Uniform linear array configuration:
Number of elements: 8
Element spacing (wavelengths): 1
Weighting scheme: cosine
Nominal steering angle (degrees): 0
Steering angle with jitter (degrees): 1.134
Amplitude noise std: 0.05
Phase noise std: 0.05

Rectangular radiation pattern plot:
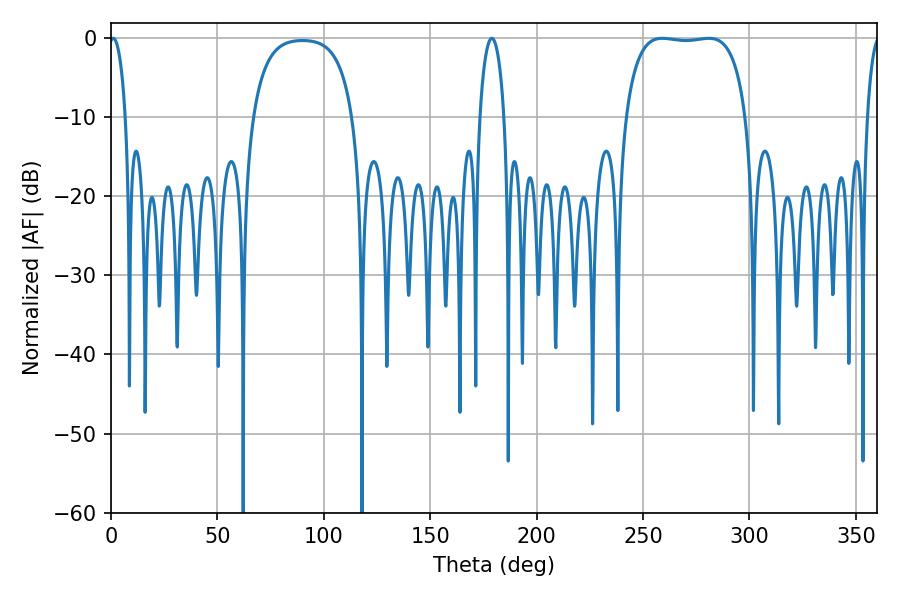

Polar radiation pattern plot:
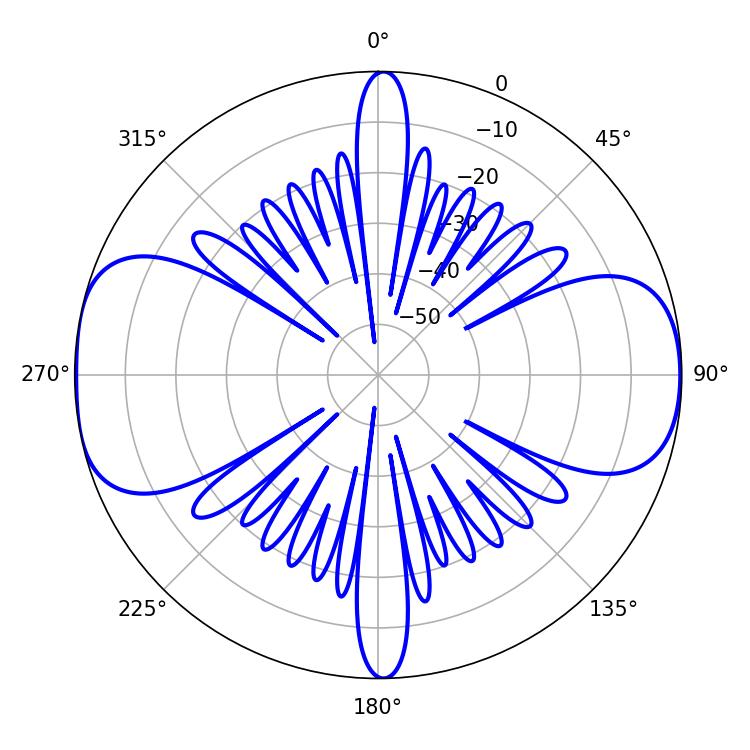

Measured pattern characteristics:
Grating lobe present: TRUE
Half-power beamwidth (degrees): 45
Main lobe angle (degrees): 280.98